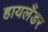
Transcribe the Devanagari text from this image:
हायलँडर